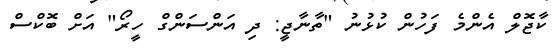
ކާޖޮލް އެންމެ ފަހުން ކުޅުނު "ތާނާޖީ: ދި އަންސަންގް ހީރޯ" އަށް ބޮކްސް